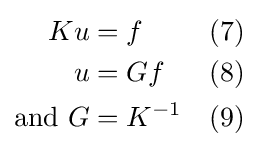
{\begin{aligned}Ku&=f&&(7)\\u&=Gf&&(8)\\{\text{and }}G&=K^{-1}&&(9)\end{aligned}}